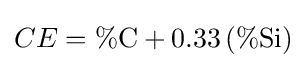
CE=\%{\text{C}}+0.33\left(\%{\text{Si}}\right)